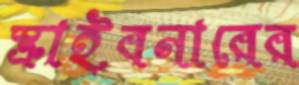
স্ক্রাইবনারের